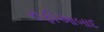
રાફીઆબાદ